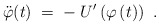
\begin{align*}\ddot{\varphi} (t) \;=\;-\;U'\left( \varphi \left(t\right)\right)~.\end{align*}